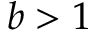
b > 1